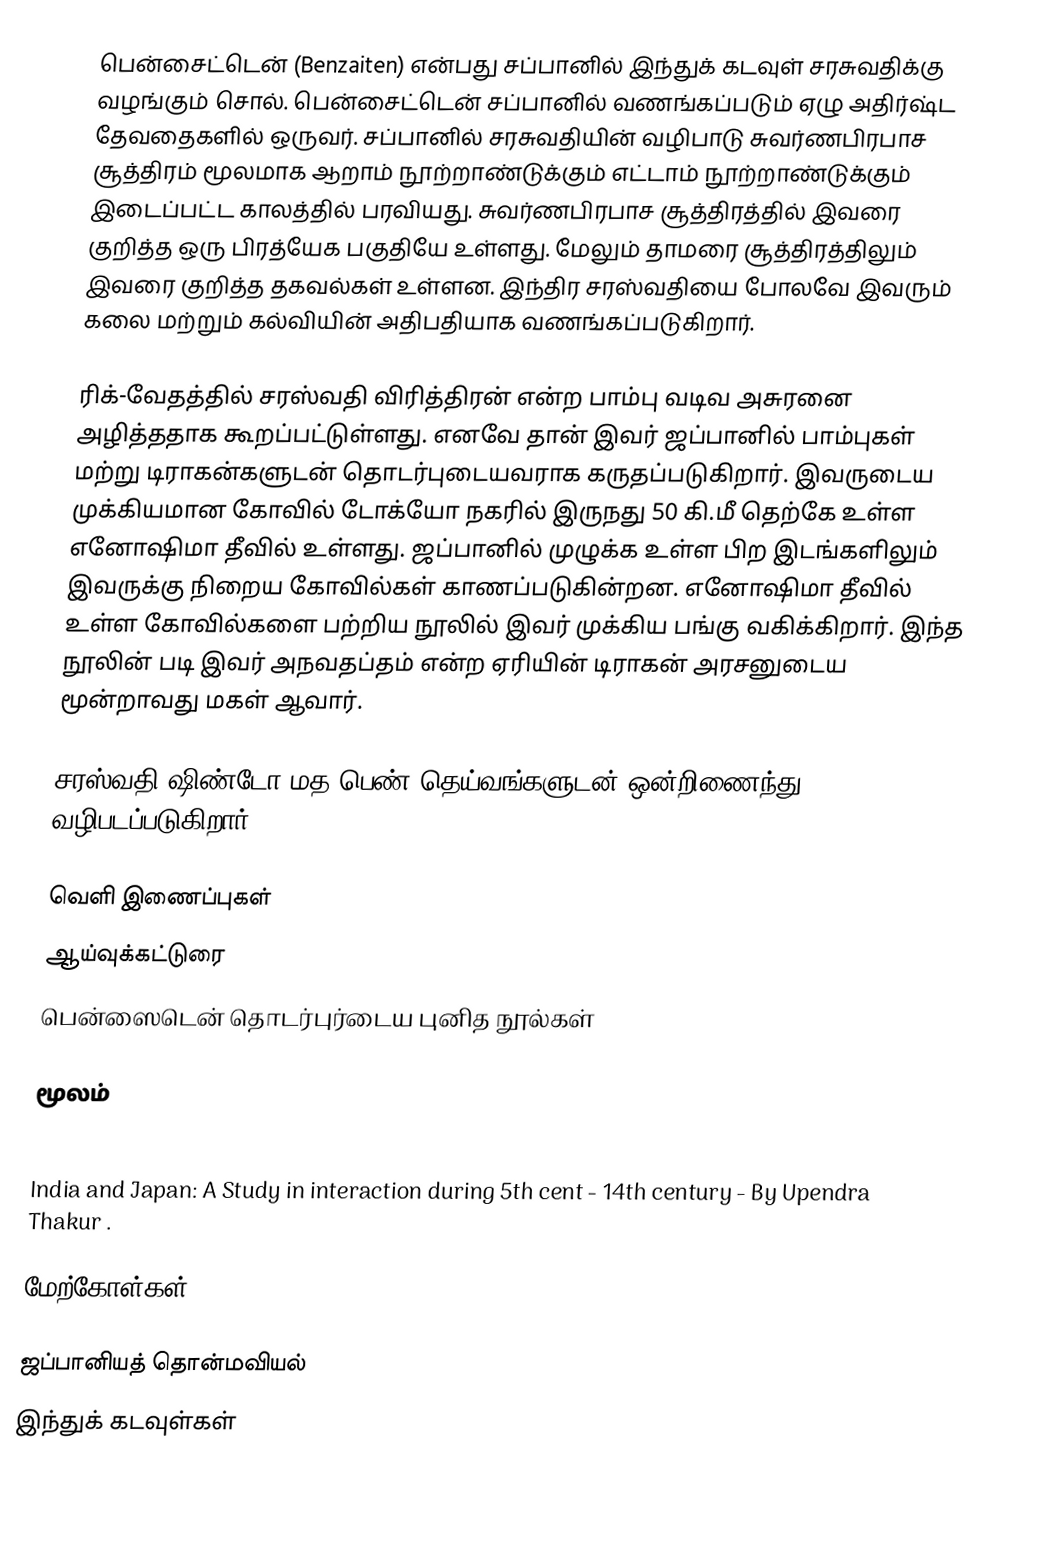
பென்சைட்டென் (Benzaiten) என்பது சப்பானில் இந்துக் கடவுள் சரசுவதிக்கு வழங்கும் சொல். பென்சைட்டென் சப்பானில் வணங்கப்படும் ஏழு அதிர்ஷ்ட தேவதைகளில் ஒருவர். சப்பானில் சரசுவதியின் வழிபாடு சுவர்ணபிரபாச சூத்திரம் மூலமாக ஆறாம் நூற்றாண்டுக்கும் எட்டாம் நூற்றாண்டுக்கும் இடைப்பட்ட காலத்தில் பரவியது. சுவர்ணபிரபாச சூத்திரத்தில் இவரை குறித்த ஒரு பிரத்யேக பகுதியே உள்ளது. மேலும் தாமரை சூத்திரத்திலும் இவரை குறித்த தகவல்கள் உள்ளன. இந்திர சரஸ்வதியை போலவே இவரும் கலை மற்றும் கல்வியின் அதிபதியாக வணங்கப்படுகிறார்.

ரிக்-வேதத்தில் சரஸ்வதி விரித்திரன் என்ற பாம்பு வடிவ அசுரனை அழித்ததாக கூறப்பட்டுள்ளது. எனவே தான் இவர் ஜப்பானில் பாம்புகள் மற்று டிராகன்களுடன் தொடர்புடையவராக கருதப்படுகிறார். இவருடைய முக்கியமான கோவில் டோக்யோ நகரில் இருநது 50 கி.மீ தெற்கே உள்ள எனோஷிமா தீவில் உள்ளது. ஜப்பானில் முழுக்க உள்ள பிற இடங்களிலும் இவருக்கு நிறைய கோவில்கள் காணப்படுகின்றன. எனோஷிமா தீவில் உள்ள கோவில்களை பற்றிய நூலில் இவர் முக்கிய பங்கு வகிக்கிறார். இந்த நூலின் படி இவர் அநவதப்தம் என்ற ஏரியின் டிராகன் அரசனுடைய மூன்றாவது மகள் ஆவார்.

சரஸ்வதி ஷிண்டோ மத பெண் தெய்வங்களுடன் ஒன்றிணைந்து வழிபடப்படுகிறார்.

வெளி இணைப்புகள்
  ஆய்வுக்கட்டுரை
 பென்ஸைடென் தொடர்புர்டைய புனித நூல்கள்

மூலம்
Japan and Indian Asia by Hajime Nakamura. Publisher: Firma KLM, 1961. Publication Date: 1961
India and Japan: A Study in interaction during 5th cent - 14th century - By Upendra Thakur .

மேற்கோள்கள்

ஜப்பானியத் தொன்மவியல்
இந்துக் கடவுள்கள்